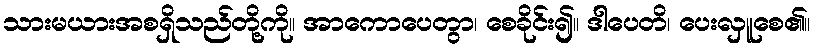
သားမယားအစရှိသည်တို့ကို။ အာကောပေတွာ၊ စေခိုင်း၍။ ဒါပေတိ၊ ပေးလှူစေ၏။